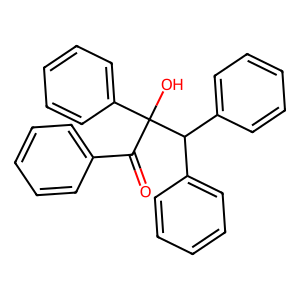
SMILES: O=C(c1ccccc1)C(O)(c1ccccc1)C(c1ccccc1)c1ccccc1
Inhibits HIV replication: No